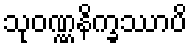
သုဝဏ္ဏနိက္ခဿာပိ